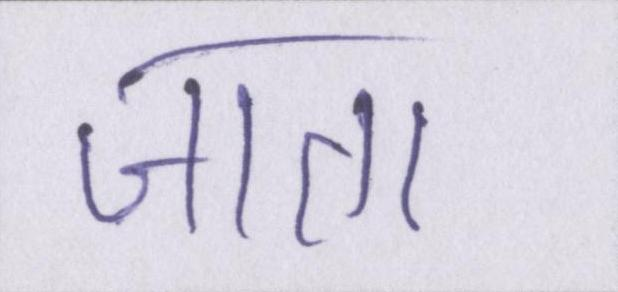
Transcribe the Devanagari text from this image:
जाता